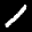
Label: 1